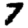
Digit: 7